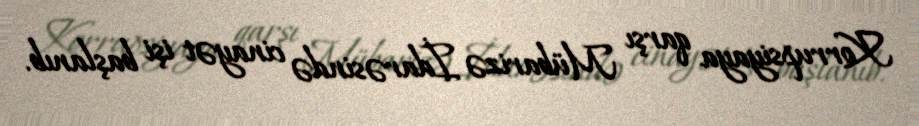
Korrupsiyaya qarşı Mübarizə İdarəsində cinayət işi başlanıb.